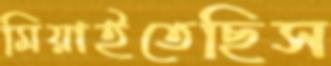
মিয়াইতেছিস